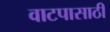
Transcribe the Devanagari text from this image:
वाटपासाठी